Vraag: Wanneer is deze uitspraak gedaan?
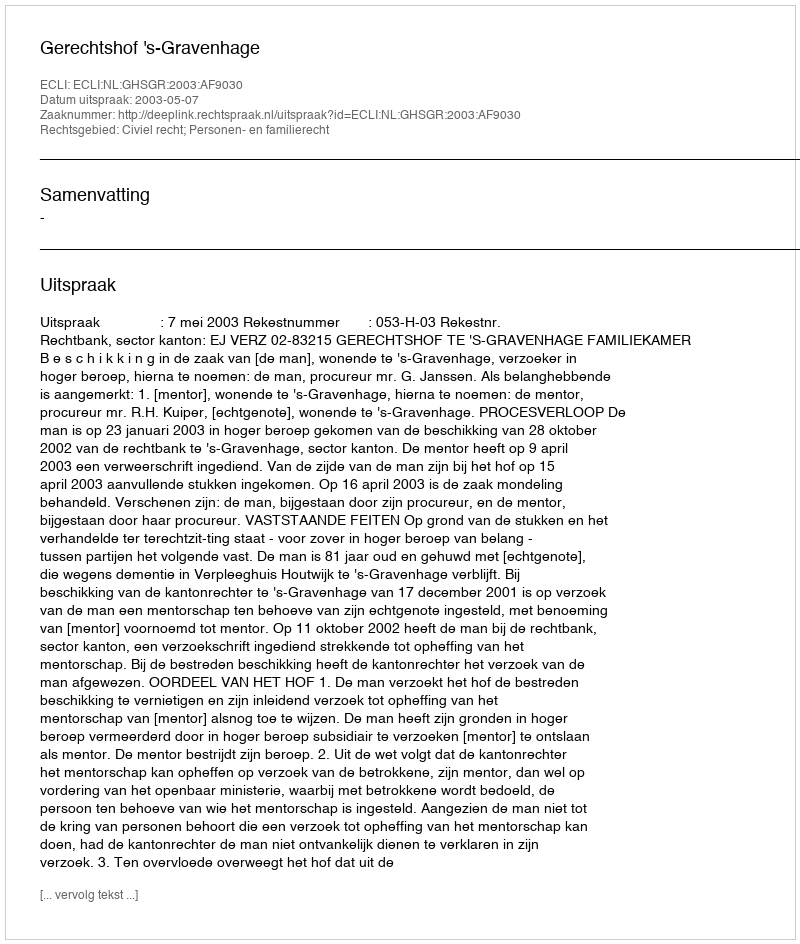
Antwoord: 2003-05-07